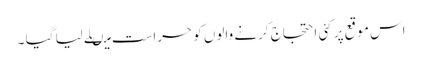
اس موقع پر کئی احتجاج کرنے والوں کو حراست میںلے لیا گیا ۔